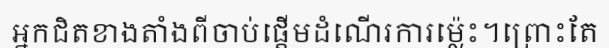
អ្នកជិតខាងតាំងពីចាប់ផ្តើមដំណើរការម្ល៉េះ។ព្រោះតែ